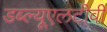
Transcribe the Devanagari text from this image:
डब्ल्यूएलटीवी